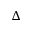
\Delta